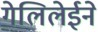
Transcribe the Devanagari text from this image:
गेलिलेईने